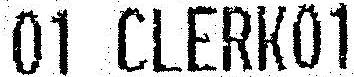
01 CLERK01